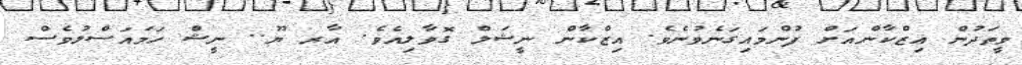
ވީތަދުން އިޒްކާންއަށް ފުންމައިގަނެވުނެވެ. އިޒްކާން ނީޝަލް ގޮވާލިއެވެ. އާރ ޔޫ.. ނީޝް ހަމައަސްލުވެސް